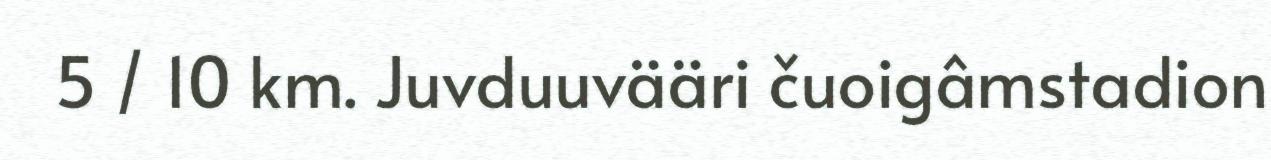
5 / 10 km. Juvduuvääri čuoigâmstadion